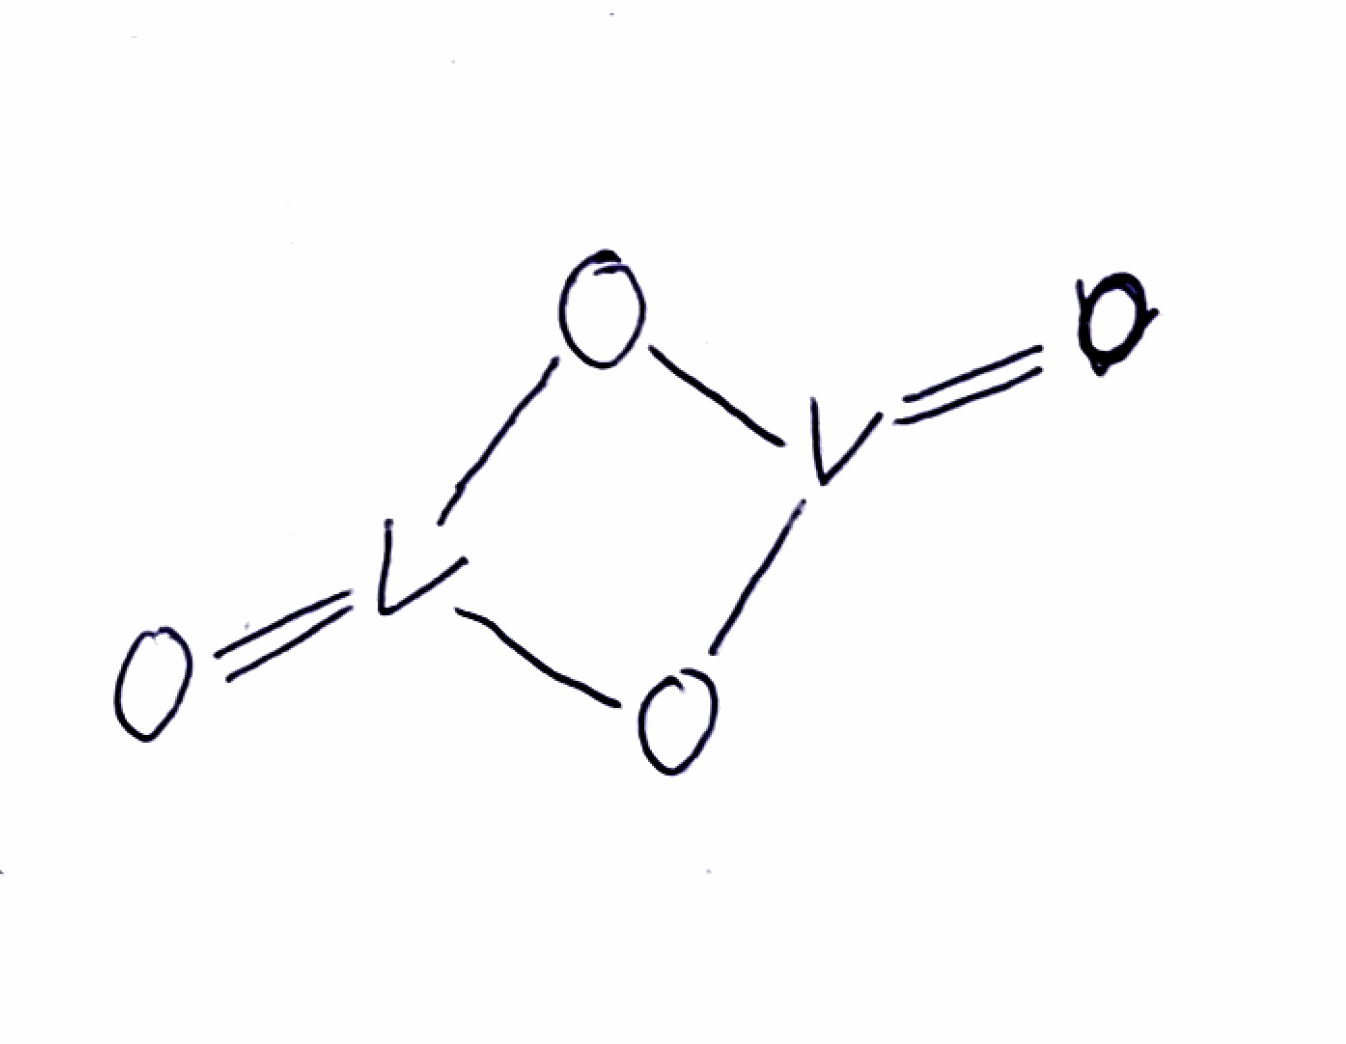
Simplified molecular-input line-entry system (SMILES) notation of the given molecule:
O=[V]1O[V](=O)O1